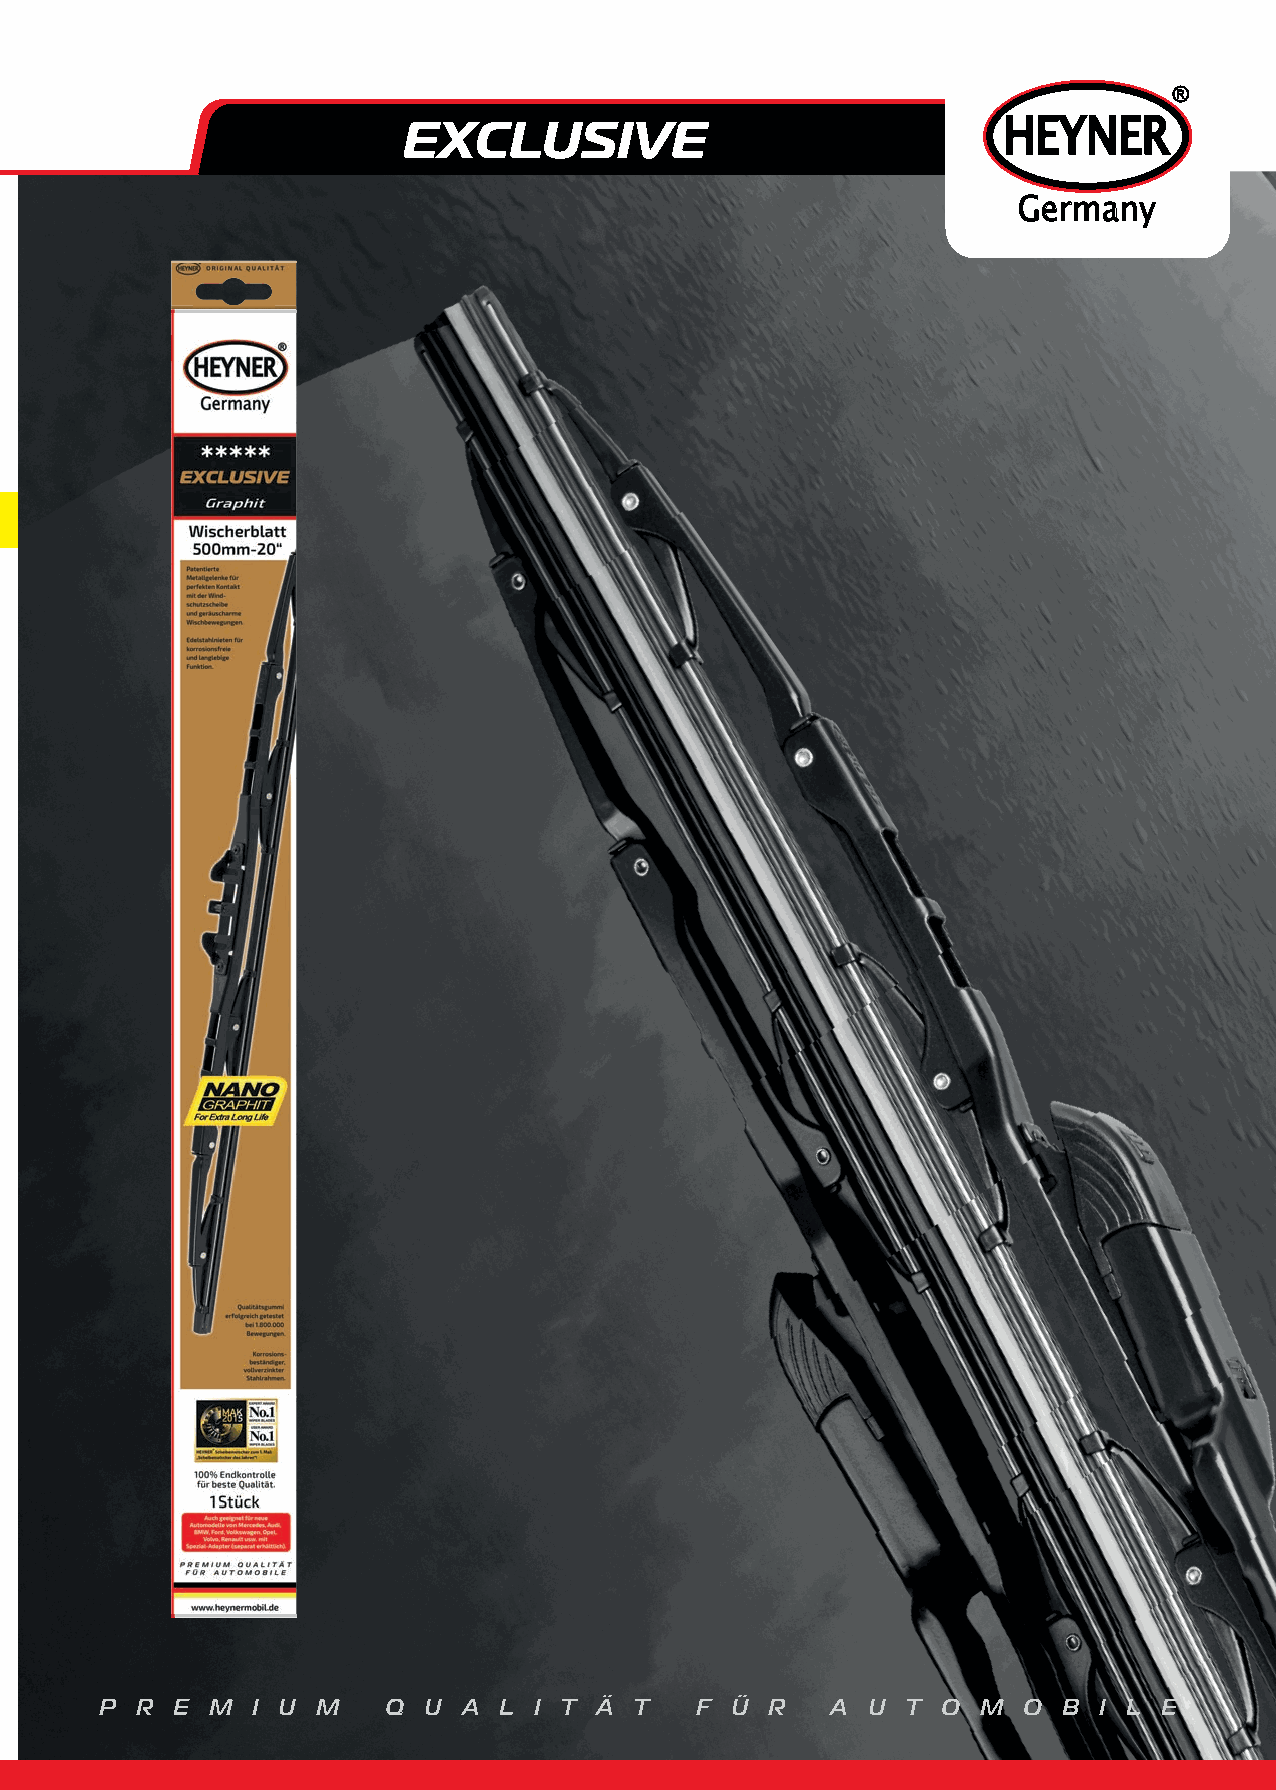
®
 EXCLUSIVE                              HEYNER
 Germany
 P R E  M  I U M   Q  U  A L I T Ä  T   F Ü  R   A U  T O  M  O B  I L E